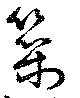
築